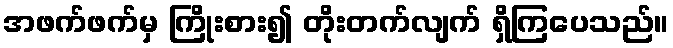
အဖက်ဖက်မှ ကြိုးစား၍ တိုးတက်လျက် ရှိကြပေသည်။